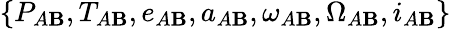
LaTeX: \{ P_{A\mathbf{B}},T_{A\mathbf{B}},e_{A\mathbf{B}},a_{A\mathbf{B}},\omega_{A\mathbf{B}},\Omega_{A\mathbf{B}},i_{A\mathbf{B}}\}